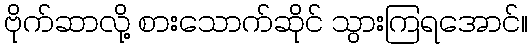
ဗိုက်ဆာလို့ စားသောက်ဆိုင် သွားကြရအောင်။